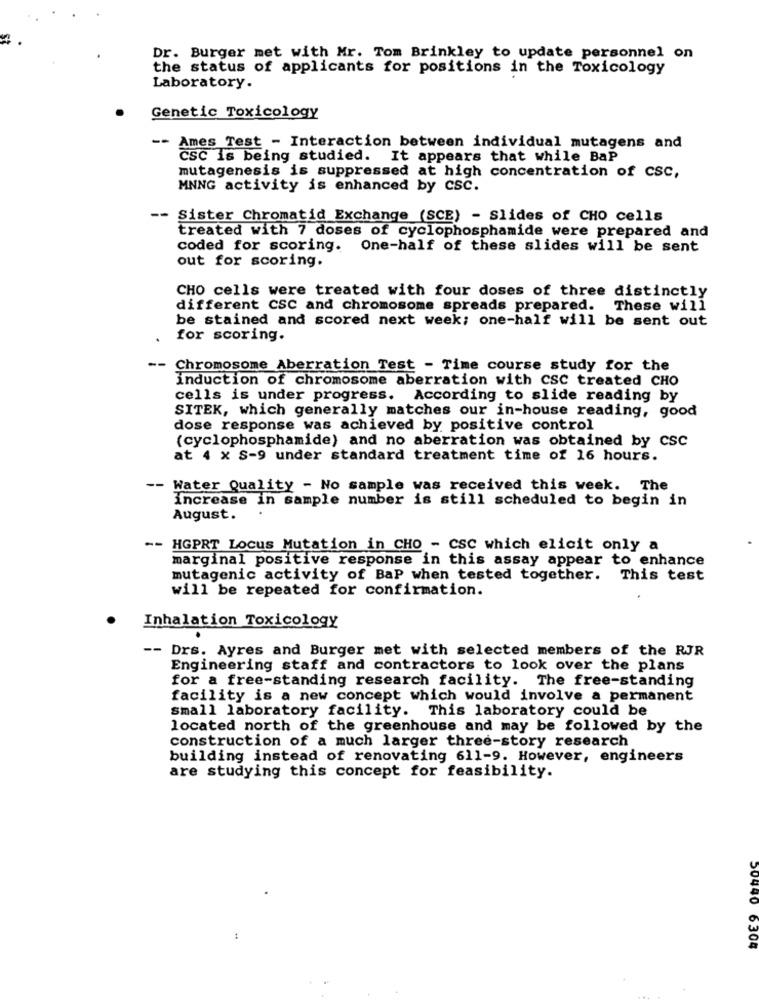
Dr. Burger met with Mr. Tom Brinkley to update personnel on
the status of applicants for positions in the Toxicology
Laboratory.
Genetic Toxicology
--
Ames Test - Interaction between individual mutagens and
CSC is being studied. It appears that while BaP
mutagenesis is suppressed at high concentration of csc,
MNNG activity is enhanced by csc.
-- Sister Chromatid Exchange (SCE) - Slides of CHO cells
treated with 7 doses of cyclophosphamide were prepared and
coded for scoring. One-half of these slides will be sent
out for scoring.
CHO cells were treated with four doses of three distinctly
different CSC and chromosome spreads prepared.
These will
be stained and scored next week; one-half will be sent out
for scoring.
-- Chromosome Aberration Test - Time course study for the
induction of chromosome aberration with CSC treated CHO
cells is under progress. According to slide reading by
SITEK, which generally matches our in-house reading, good
dose response was achieved by positive control
(cyclophosphamide) and no aberration was obtained by CSC
at 4 x S-9 under standard treatment time of 16 hours.
-- Water Quality - No sample was received this week. The
increase in sample number is still scheduled to begin in
August.
== HGPRT Locus Mutation in CHO - CSC which elicit only a
marginal positive response in this assay appear to enhance
mutagenic activity of BaP when tested together. This test
will be repeated for confirmation.
Inhalation Toxicology
--
Drs. Ayres and Burger met with selected members of the RJR
Engineering staff and contractors to look over the plans
for a free-standing research facility. The free-standing
facility is a new concept which would involve a permanent
small laboratory facility. This laboratory could be
located north of the greenhouse and may be followed by the
construction of a much larger three-story research
building instead of renovating 611-9. However, engineers
are studying this concept for feasibility.
50440 6304